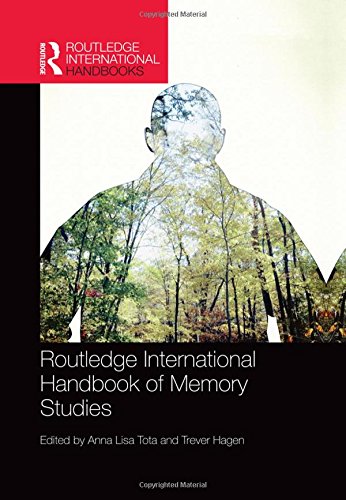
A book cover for Routledge International Handbook of Memory Studies (Routledge International Handbooks); Self-Help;